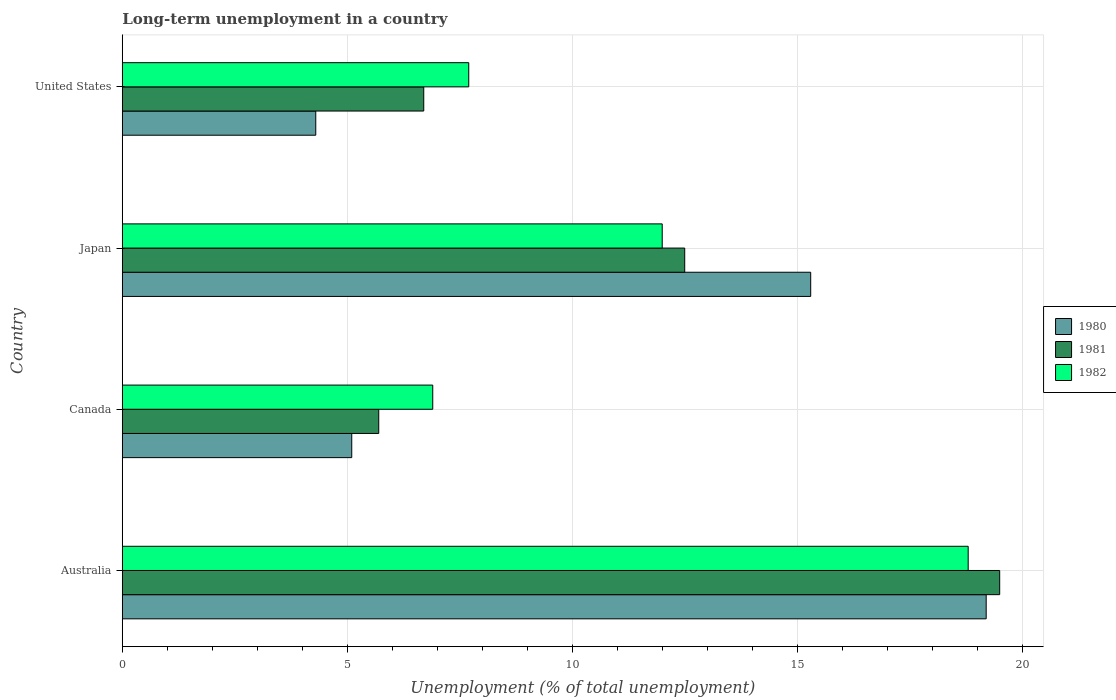
| Country | 1980 | 1981 | 1982 |
 | --- | --- | --- | --- |
 | Australia | 19.2 | 19.5 | 18.8 |
 | Canada | 5.1 | 5.7 | 6.9 |
 | Japan | 15.3 | 12.5 | 12 |
 | United States | 4.3 | 6.7 | 7.7 |